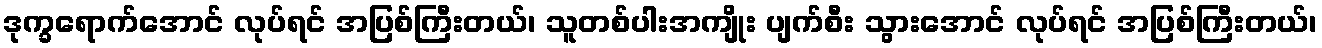
ဒုက္ခရောက်အောင် လုပ်ရင် အပြစ်ကြီးတယ်၊ သူတစ်ပါးအကျိုး ပျက်စီး သွားအောင် လုပ်ရင် အပြစ်ကြီးတယ်၊